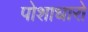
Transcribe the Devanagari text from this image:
पोशाधारो